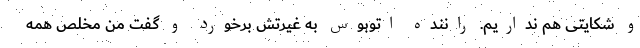
و شکایتی هم نداریم. راننده اتوبوس به غیرتش برخورد و گفت من مخلص همه